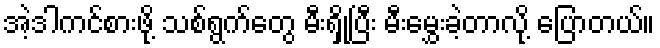
အဲ့ဒါကင်စားဖို့ သစ်ရွက်တွေ မီးရှို့ပြီး မီးမွှေးခဲ့တာလို့ ပြောတယ်။